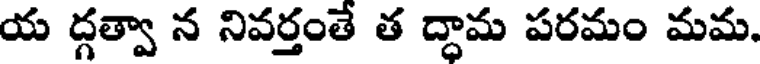
య ద్గత్వా న నివర్తంతే త ద్ధామ పరమం మమ.